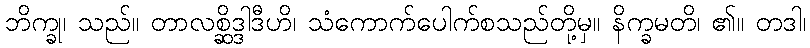
ဘိက္ခု၊ သည်။ တာလစ္ဆိဒ္ဒါဒီဟိ၊ သံကောက်ပေါက်စသည်တို့မှ။ နိက္ခမတိ၊ ၏။ တဒါ၊